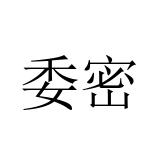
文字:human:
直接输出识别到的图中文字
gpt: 委密